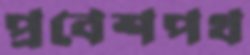
প্রবেশপথ